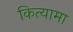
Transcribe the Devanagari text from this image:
कित्यामा